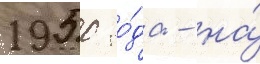
1950 го́да - на́